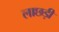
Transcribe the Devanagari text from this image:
लाछड़ी